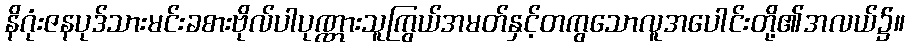
နိဂုံးဇနပုဒ်သားမင်းခစားဗိုလ်ပါပုဏ္ဏားသူကြွယ်အမတ်နှင့်တကွသောလူအပေါင်းတို့၏အလယ်၌။